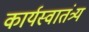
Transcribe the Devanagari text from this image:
कार्यस्वातंत्र्य